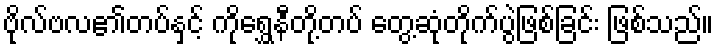
ဗိုလ်ဗလ၏တပ်နှင့် ကိုရွှေနီတို့တပ် တွေ့ဆုံတိုက်ပွဲဖြစ်ခြင်း ဖြစ်သည်။